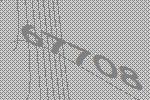
67708